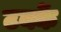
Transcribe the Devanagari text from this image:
टक्कें